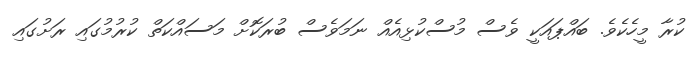
ކުރާ މީހެކެވެ. ބައްޕައަކީ ވެސް މުސްކުޅިއެއް ނަމަވެސް ބުރަކޮށް މަސައްކަތް ކުރުމުގައި ރަށުގައި